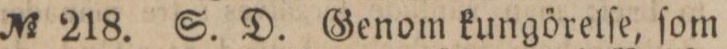
No 218. S. D. Genom kungörelſe, ſom